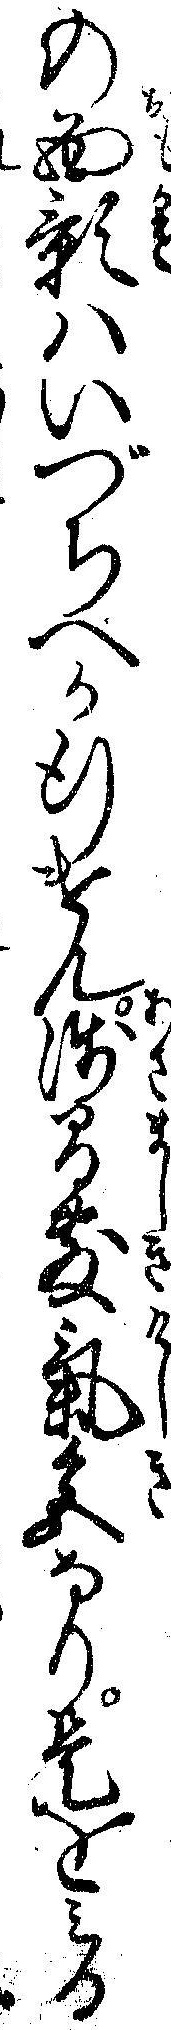
の面影ハいづちへか行けん浅間敷気色なり是をミる